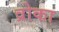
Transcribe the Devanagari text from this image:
व्रोका